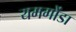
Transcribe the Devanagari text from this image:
यमगोंडा